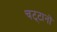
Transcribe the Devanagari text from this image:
चट्‌टानों